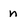
Character: n